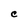
Character: C